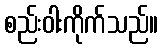
စည်းဝါးကိုက်သည်။